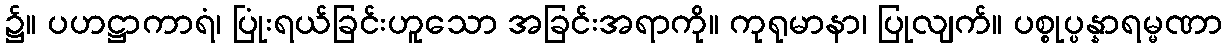
၌။ ပဟဋ္ဌာကာရံ၊ ပြုံးရယ်ခြင်းဟူသော အခြင်းအရာကို။ ကုရုမာနာ၊ ပြုလျက်။ ပစ္စုပ္ပန္နာရမ္မဏာ